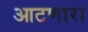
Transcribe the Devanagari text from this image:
आटणारा